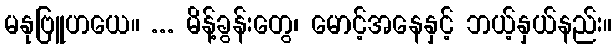
မနုဗြူဟယေ။ ... မိန့်ခွန်းတွေ၊ မောင့်အနေနှင့် ဘယ့်နှယ်နည်း။